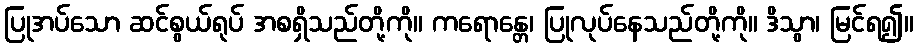
ပြုအပ်သော ဆင်စွယ်ရုပ် အစရှိသည်တို့ကို။ ကရောန္တေ၊ ပြုလုပ်နေသည်တို့ကို။ ဒိသွာ၊ မြင်ရ၍။